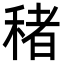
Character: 𮃔